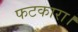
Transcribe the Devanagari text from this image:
फटकारा।